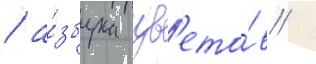
/ а́збука цв'ето́в /